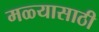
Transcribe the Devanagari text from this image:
मळ्यासाठी